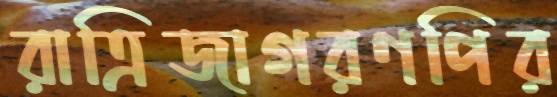
রাত্রিজাগরণপির